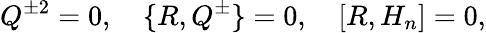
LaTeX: Q^{\pm 2}=0,\quad\{ R,Q^{\pm}\} =0,\quad[R,H_{n}]=0,